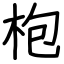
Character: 枹